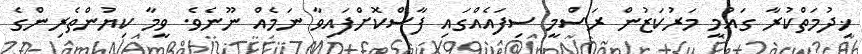
ޚިދުމަތްކުރާ ގައުމީ މަރުކަޒުން ރަސްމީ ސިފައެއްގައި ފާސްކޮށްފައިވާ ނަމެއް ނޫނެވެ. ވީމާ ކިޔުންތެރިންގެ